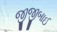
જીજીબાઈ